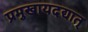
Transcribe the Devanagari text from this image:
प्रमुखायदद्यात्